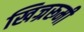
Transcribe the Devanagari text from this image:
खिज्ररूमी